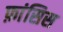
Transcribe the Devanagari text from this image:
फ़ांसिस